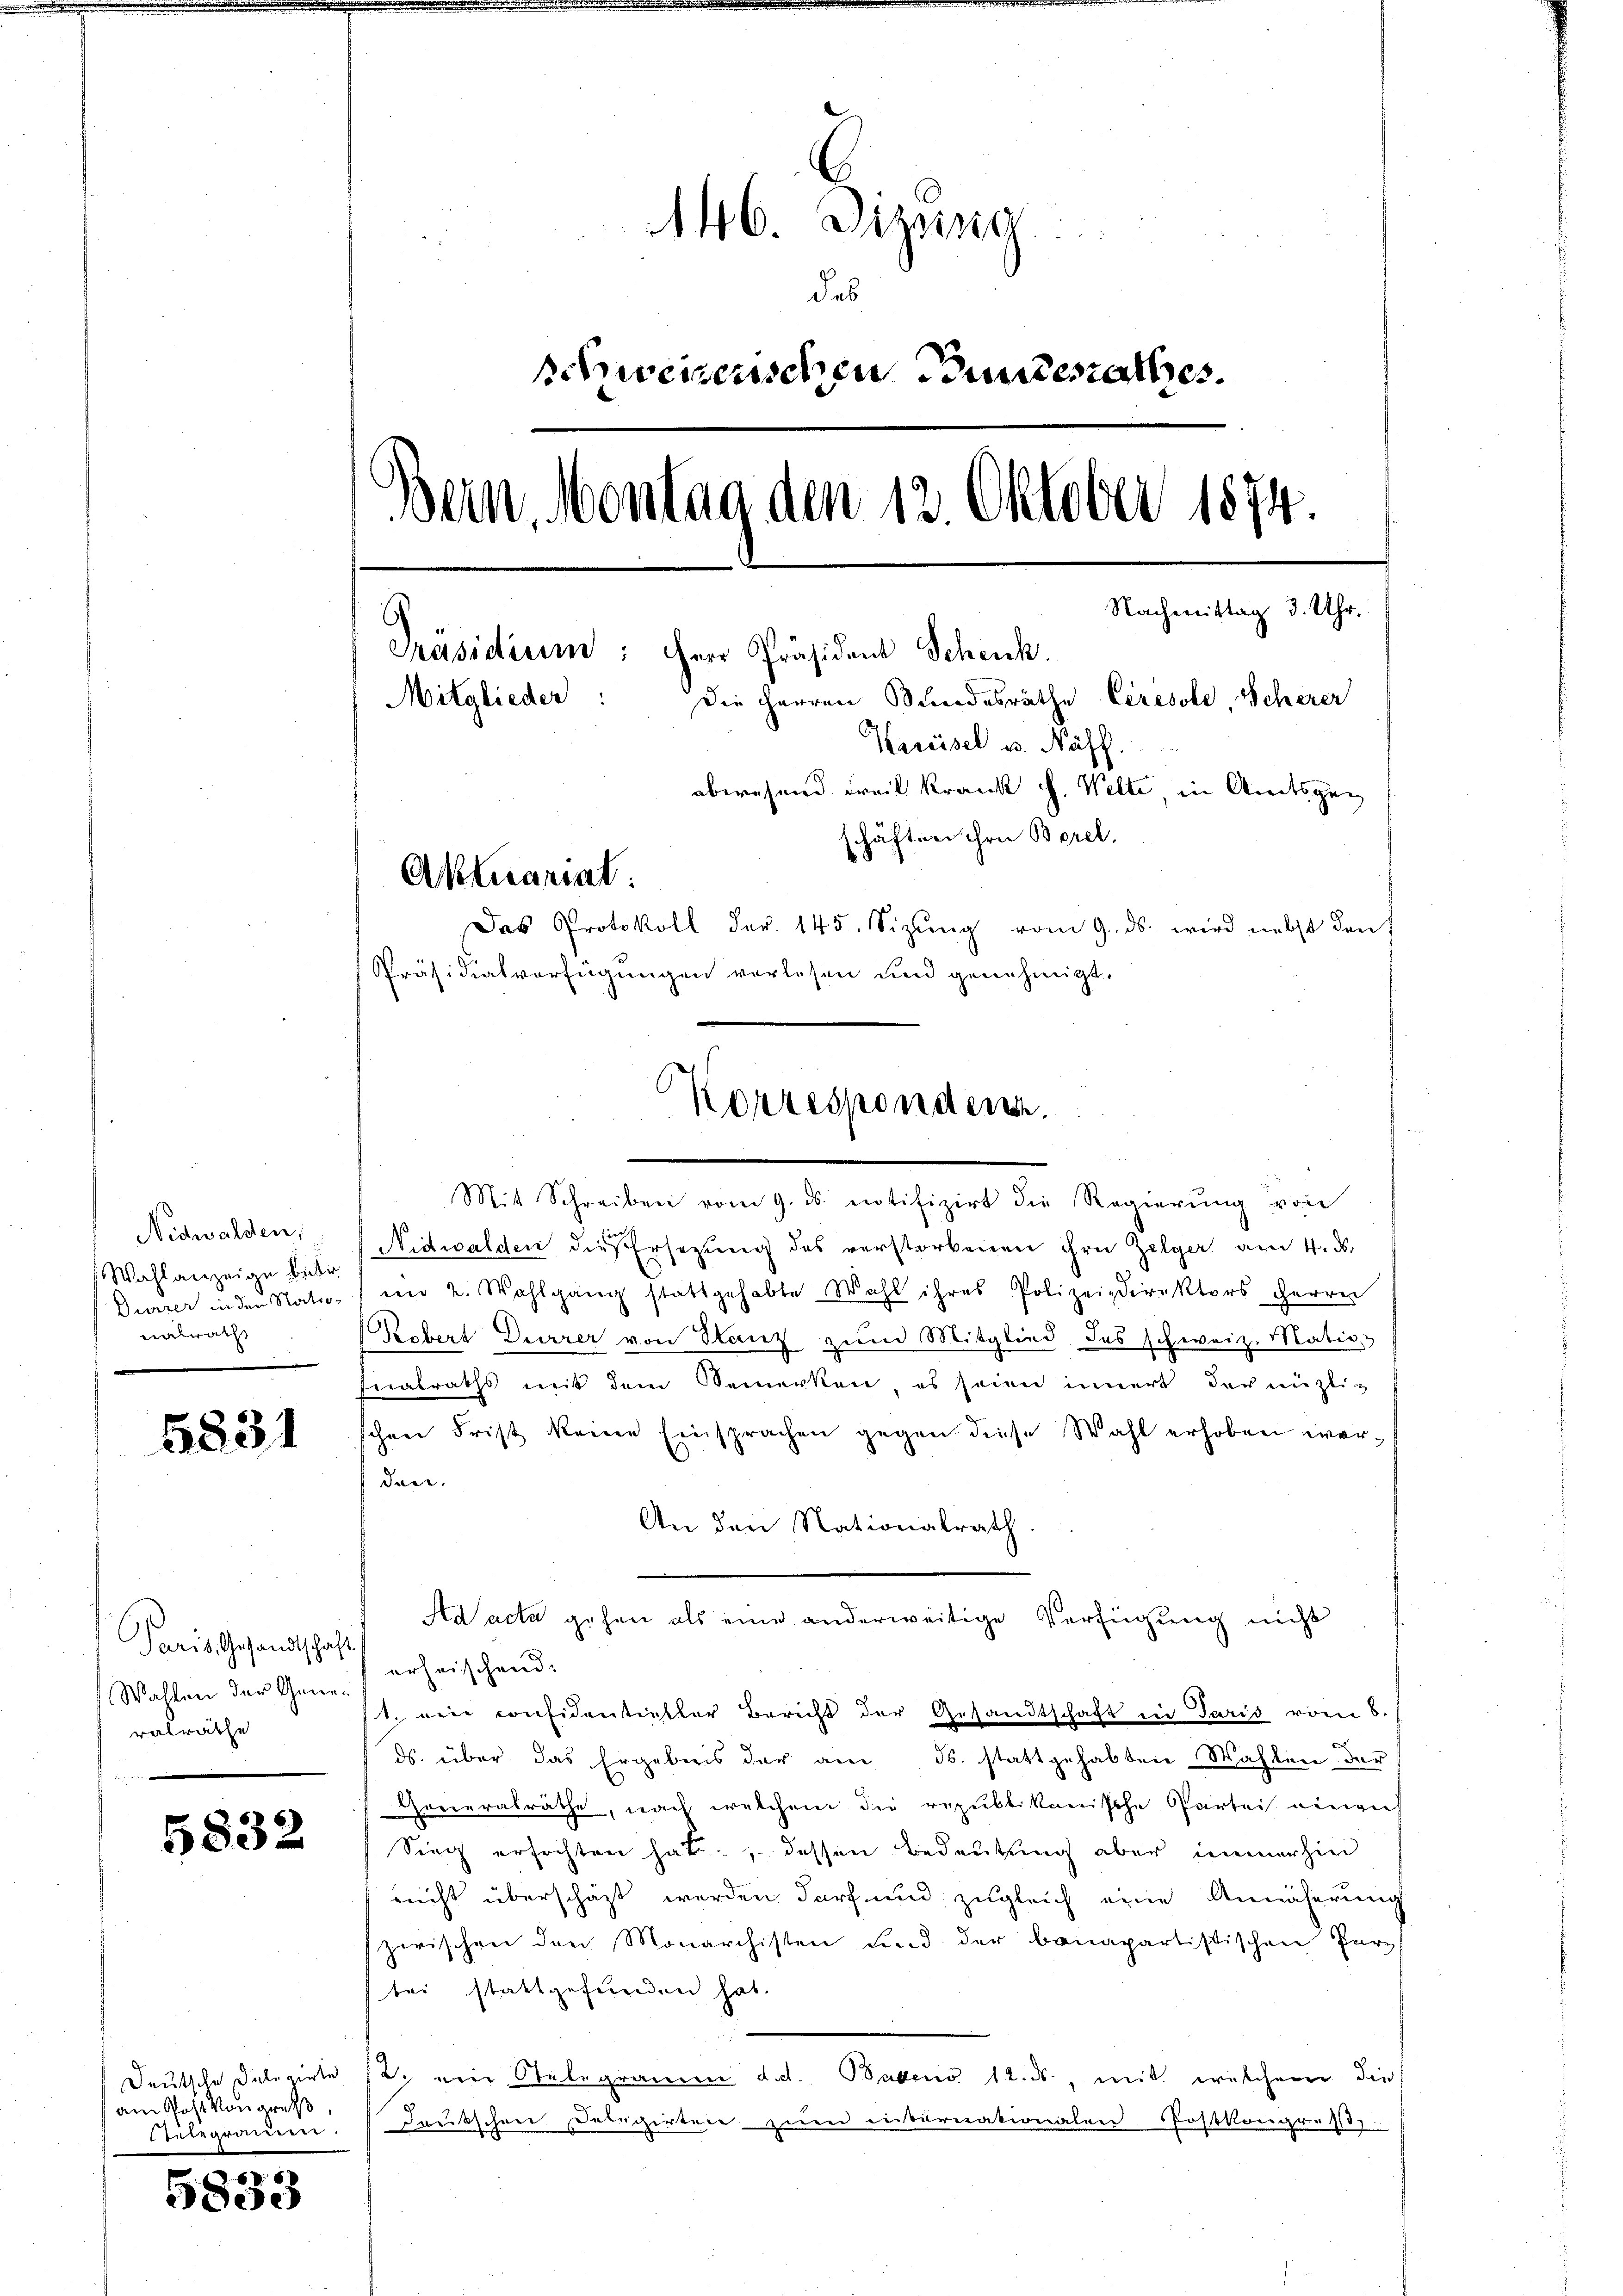
Nidwalden,
Wahlanzeige bitter
Gurrer in den Nationalrath

5831

Paris, Gesandtschaft
Wahlen der Gener erheischend.
valrathe
e

5832

Deutsche Delegirte
am Post von groß
Gelegram.

5833

146. Dizung
des
schweizerischen Bundesrathes.
Bern, Montag den 12. Oktober 1874.
Nachmittag 3. Uhr.
Präsidium: Herr Präsident Schenk.
Mitglieder:
Die Herren Bundesräthe Ceresole, Scherer
Kreisel u. Näff.
abwesend weil Krank f. Welte in Amtsgen
schäften ihre Borel.
Aktuariat
Das Protokoll dar. 145. Sizŭng vom 9. ds. wird nebst den
Präsidialverfügungen verlesen und genehmigt.

Korresponden.
Mit Schreiben vom 9. ds. entifizirt die Regierŭng von

Nidwalden die Ersezung des verstorbenen ihre Zelger am 4. ds.
im 2. Wahlgang stattgehabte Wahl ihres Polizeidirektors Herren
Rebert Dürrer von Stanz zum Mitglied des schweiz. Mativ
Fialraths mit dem Bemerken, es seien innert der nützlischen Frist keine Einsprachen gegen diese Wahl erhoben werden.
An den Nationalrath.
st. ein considentieller Bericht der Gesandtschaft in Paris vom 8.
ds. über das Ergebnis der am ds. stattgehabten Wahlen der
Generalräthe, nach welchem die republikanische Partei einger
Sieg erfochten hat, dessen Bedeutung aber immerhin
nicht überschaft werden darf und zugleich eine Annäherung
zwischen den Monarchisten und der banapartistischen Purpf
bei stattgefunden hat.
2. ein Relegramm d. d. Babens 12. ds., mit welchem die
Teutschen Delegirten zum internationalen Postkongrusz.

Ad acta gehen als eine anderweitige Verfügung nicht